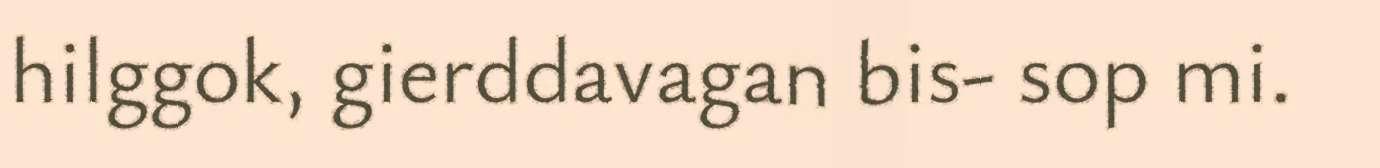
hilggok, gierddavagan bis- sop mi.